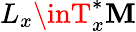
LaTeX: L_{x}\inT_{x}^{*}\mathbf{M}